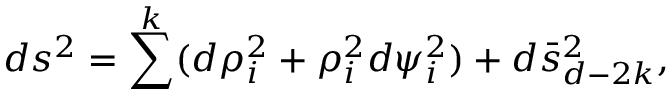
d s ^ { 2 } = \sum ^ { k } ( d \rho _ { i } ^ { 2 } + \rho _ { i } ^ { 2 } d \psi _ { i } ^ { 2 } ) + d \bar { s } _ { d - 2 k } ^ { 2 } ,